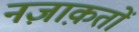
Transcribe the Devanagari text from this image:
नज़ाक़तों